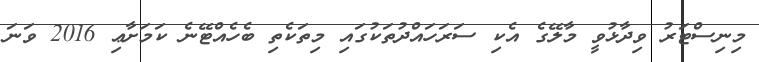
މިނިސްޓަރު ވިދާޅުވީ މާލޭގެ އެކި ސަރަހައްދުތަކުގައި މިތަކެތި ބެހެއްޓޭނެ ކަމަށާޢި 2016 ވަނަ